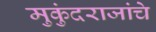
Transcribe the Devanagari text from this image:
मुकुंदराजांचे